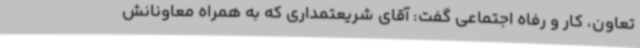
تعاون، کار و رفاه اجتماعی گفت: آقای شریعتمداری که به همراه معاونانش